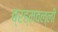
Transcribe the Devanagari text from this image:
ब्रह्मवल्ली